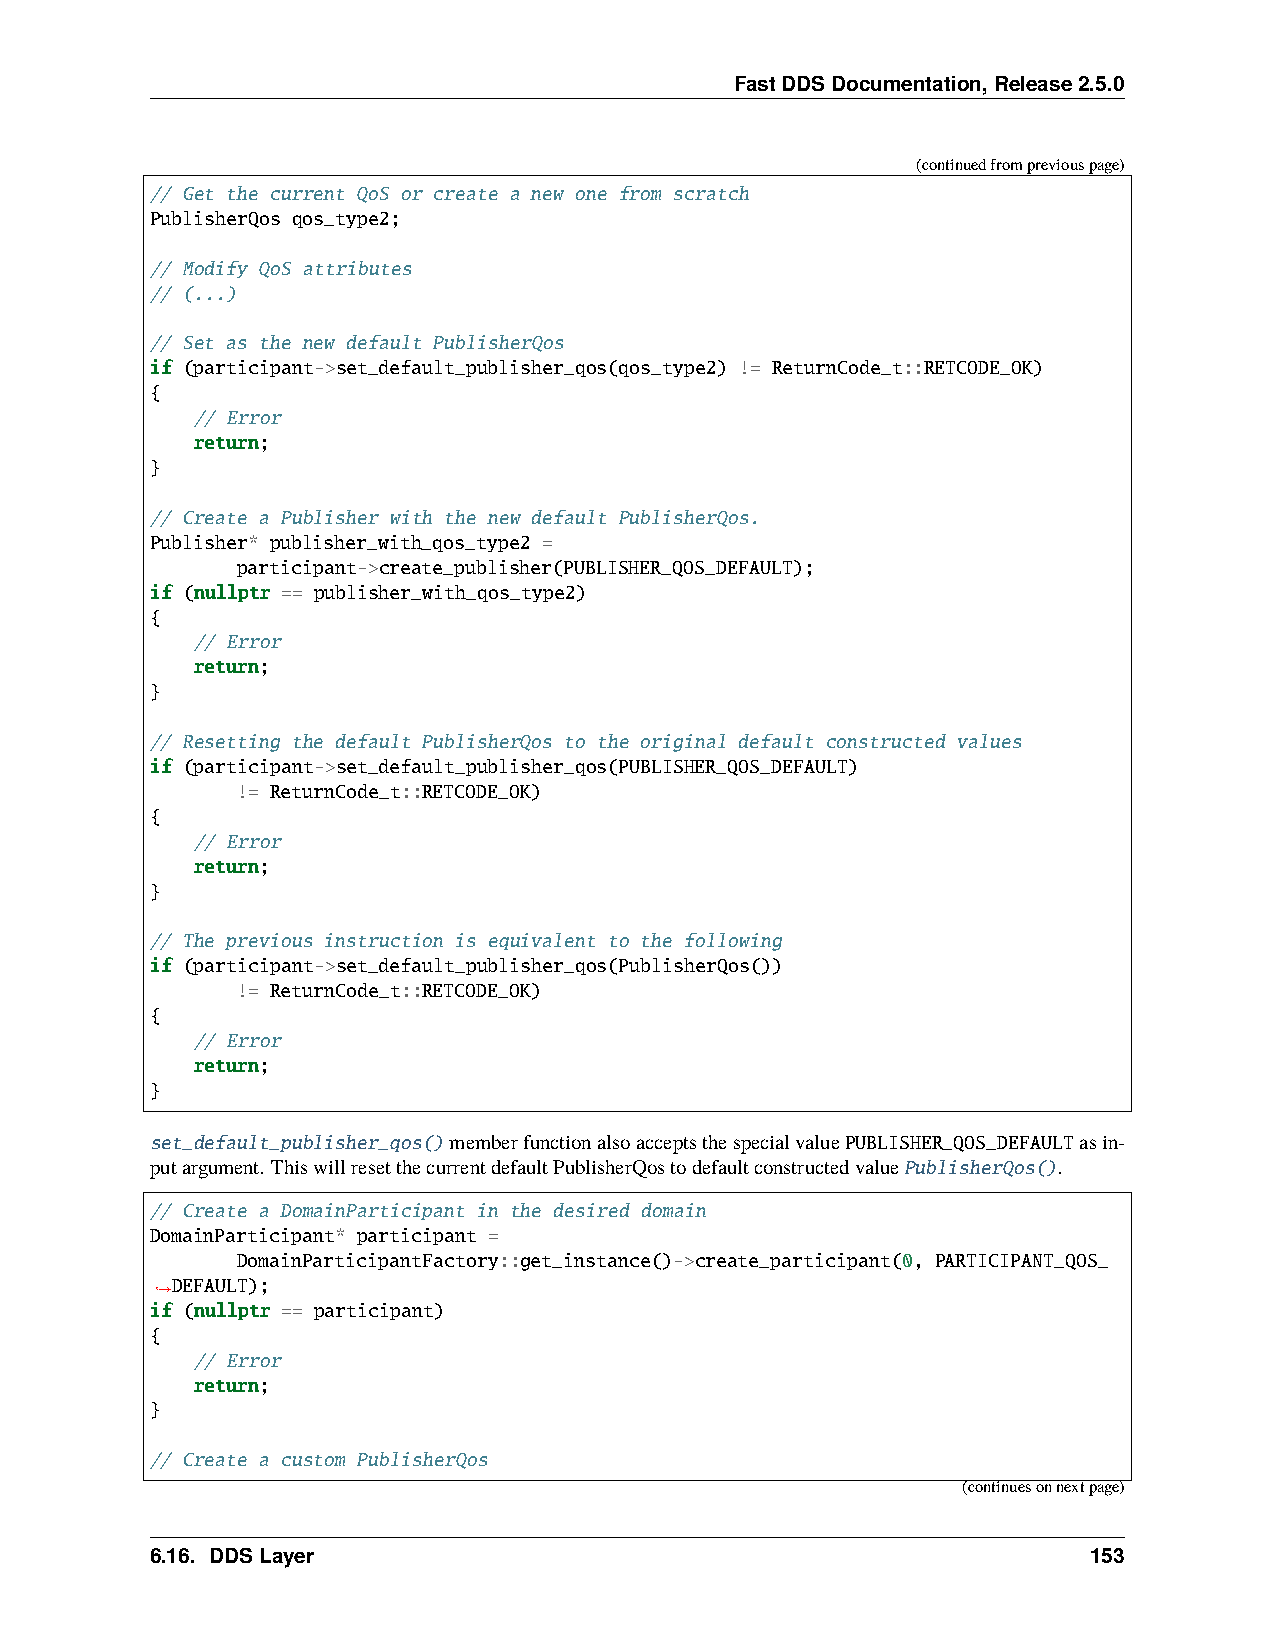
FastDDSDocumentation,Release2.5.0
 (continuedfrompreviouspage)
 // Get the current QoS or create a new one from scratch
 PublisherQos qos_type2;
 // Modify QoS attributes
 // (...)
 // Set as the new default PublisherQos
 if (participant->set_default_publisher_qos(qos_type2) != ReturnCode_t::RETCODE_OK)
 {
 // Error
 return;
 }
 // Create a Publisher with the new default PublisherQos.
 Publisher* publisher_with_qos_type2 =
 participant->create_publisher(PUBLISHER_QOS_DEFAULT);
 if (nullptr == publisher_with_qos_type2)
 {
 // Error
 return;
 }
 // Resetting the default PublisherQos to the original default constructed values
 if (participant->set_default_publisher_qos(PUBLISHER_QOS_DEFAULT)
 != ReturnCode_t::RETCODE_OK)
 {
 // Error
 return;
 }
 // The previous instruction is equivalent to the following
 if (participant->set_default_publisher_qos(PublisherQos())
 != ReturnCode_t::RETCODE_OK)
 {
 // Error
 return;
 }
 set_default_publisher_qos()memberfunctionalsoacceptsthespecialvaluePUBLISHER_QOS_DEFAULTasin-
 putargument. ThiswillresetthecurrentdefaultPublisherQostodefaultconstructedvaluePublisherQos().
 // Create a DomainParticipant in the desired domain
 DomainParticipant* participant =
 DomainParticipantFactory::get_instance()->create_participant(0, PARTICIPANT_QOS_
 DEFAULT);
 ˓→
 if (nullptr == participant)
 {
 // Error
 return;
 }
 // Create a custom PublisherQos
 (continuesonnextpage)
 6.16. DDSLayer                                                153